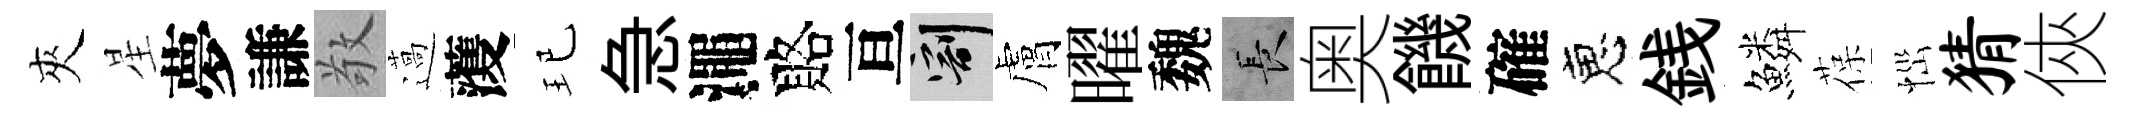
夾星夢謙敬薖𮑮玘急澠賂亘割膚曜魏长奥饑確恵銭鱗葆𢙉猜俠